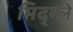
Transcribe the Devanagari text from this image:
मिद्ग्ले